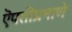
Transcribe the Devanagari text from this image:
ऎपतीप्रमाणे